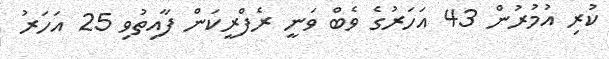
ކުރި އުމުރުން 43 އަހަރުގެ ވެބް ވަނީ ރެފްރީކަން ފާއިތުވި 25 އަހަރު